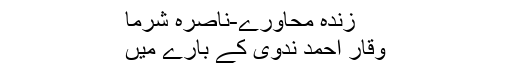
زندہ محاورے-ناصرہ شرما
وقار احمد ندوی کے بارے میں